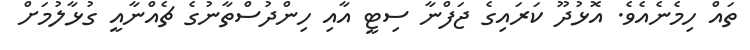
ތައް ހިމެނެއެވެ. އޮޅުދޫ ކަރައިގެ ޖަފްނާ ސިޓީ އާއި ހިންދުސްތާނުގެ ޗެއްނާއީ ގުޅާލުމަށް